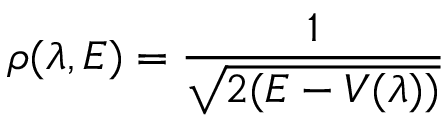
\rho ( \lambda , E ) = \frac { 1 } { \sqrt { 2 ( E - V ( \lambda ) ) } }